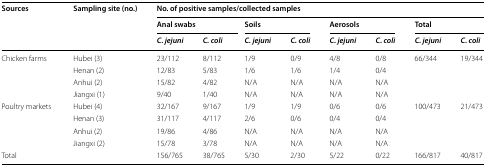
<table><thead><tr><td rowspan="3"><b>Sources</b></td><td rowspan="3"><b>Sampling site (no.)</b></td><td colspan="8"><b>No. of positive samples/collected samples</b></td></tr><tr><td colspan="2"><b>Anal swabs</b></td><td colspan="2"><b>Soils</b></td><td colspan="2"><b>Aerosols</b></td><td colspan="2"><b>Total</b></td></tr><tr><td><b><i>C. jejuni</i></b></td><td><b><i>C. coli</i></b></td><td><b><i>C. jejuni</i></b></td><td><b><i>C. coli</i></b></td><td><b><i>C. jejuni</i></b></td><td><b><i>C. coli</i></b></td><td><b><i>C. jejuni</i></b></td><td><b><i>C. coli</i></b></td></tr></thead><tbody><tr><td rowspan="4">Chicken farms</td><td>Hubei (3)</td><td>23/112</td><td>8/112</td><td>1/9</td><td>0/9</td><td>4/8</td><td>0/8</td><td rowspan="4">66/344</td><td rowspan="4">19/344</td></tr><tr><td>Henan (2)</td><td>12/83</td><td>5/83</td><td>1/6</td><td>1/6</td><td>1/4</td><td>0/4</td></tr><tr><td>Anhui (2)</td><td>15/82</td><td>4/82</td><td>N/A</td><td>N/A</td><td>N/A</td><td>N/A</td></tr><tr><td>Jiangxi (1)</td><td>9/40</td><td>1/40</td><td>N/A</td><td>N/A</td><td>N/A</td><td>N/A</td></tr><tr><td rowspan="4">Poultry markets</td><td>Hubei (4)</td><td>32/167</td><td>9/167</td><td>1/9</td><td>1/9</td><td>0/6</td><td>0/6</td><td rowspan="4">100/473</td><td rowspan="4">21/473</td></tr><tr><td>Henan (3)</td><td>31/117</td><td>4/117</td><td>2/6</td><td>0/6</td><td>0/4</td><td>0/4</td></tr><tr><td>Anhui (2)</td><td>19/86</td><td>4/86</td><td>N/A</td><td>N/A</td><td>N/A</td><td>N/A</td></tr><tr><td>Jiangxi (2)</td><td>15/78</td><td>3/78</td><td>N/A</td><td>N/A</td><td>N/A</td><td>N/A</td></tr><tr><td colspan="2">Total</td><td>156/765</td><td>38/765</td><td>5/30</td><td>2/30</td><td>5/22</td><td>0/22</td><td>166/817</td><td>40/817</td></tr></tbody></table>